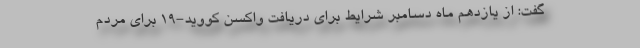
گفت: از یازدهم ماه دسامبر شرایط برای دریافت واکسن کووید-۱۹ برای مردم